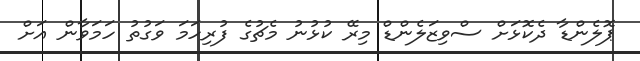
ޕޮލެންޑާ ދެކޮޅަށް ސްވިޒަލެންޑް މިރޭ ކުޅުނު މެޗުގެ ފުރިހަމަ ވަގުތު ހަމަވާން އަށް